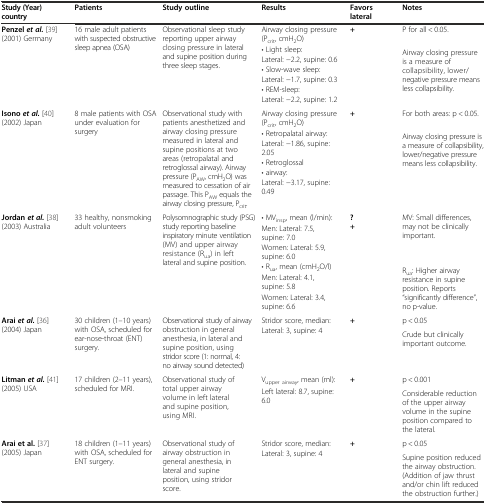
<table><thead><tr><td><b>Study (Year) country</b></td><td><b>Patients</b></td><td><b>Study outline</b></td><td><b>Results</b></td><td><b>Favors lateral</b></td><td><b>Notes</b></td></tr></thead><tbody><tr><td rowspan="7"><b>Penzel </b><b><i>et al.</i></b> [39] (2001) Germany</td><td rowspan="7">16 male adult patients with suspected obstructive sleep apnea (OSA)</td><td rowspan="7">Observational sleep study reporting upper airway closing pressure in lateral and supine position during three sleep stages.</td><td>Airway closing pressure (P<sub>crit</sub>, cmH<sub>2</sub>O)</td><td rowspan="7"><b>+</b></td><td>P for all &lt; 0.05.</td></tr><tr><td>• Light sleep:</td><td rowspan="6">Airway closing pressure is a measure of collapsibility, lower/negative pressure means less collapsibility.</td></tr><tr><td>Lateral: −2.2, supine: 0.6</td></tr><tr><td>• Slow-wave sleep:</td></tr><tr><td>Lateral: −1.7, supine: 0.3</td></tr><tr><td>• REM-sleep:</td></tr><tr><td>Lateral: −2.2, supine: 1.2</td></tr><tr><td rowspan="6"><b>Isono</b><b><i>et al.</i></b> [40] (2002) Japan</td><td rowspan="6">8 male patients with OSA under evaluation for surgery</td><td rowspan="6">Observational study with patients anesthetized and airway closing pressure measured in lateral and supine positions at two areas (retropalatal and retroglossal airway). Airway pressure (P<sub>AW</sub>, cmH<sub>2</sub>O) was measured to cessation of air passage. This P<sub>AW</sub> equals the airway closing pressure, P<sub>crit</sub>.</td><td>Airway closing pressure (P<sub>crit</sub>, cmH<sub>2</sub>O)</td><td rowspan="6"><b>+</b></td><td>For both areas: p &lt; 0.05.</td></tr><tr><td>• Retropalatal airway:</td><td rowspan="5">Airway closing pressure is a measure of collapsibility, lower/negative pressure means less collapsibility.</td></tr><tr><td>Lateral: −1.86, supine: 2.05</td></tr><tr><td>• Retroglossal</td></tr><tr><td>• airway:</td></tr><tr><td>Lateral: −3.17, supine: 0.49</td></tr><tr><td rowspan="6"><b>Jordan </b><b><i>et al.</i></b> [38] (2003) Australia</td><td rowspan="6">33 healthy, nonsmoking adult volunteers</td><td rowspan="6">Polysomnographic study (PSG) study reporting baseline inspiratory minute ventilation (MV) and upper airway resistance (R<sub>ua</sub>) in left lateral and supine position.</td><td>• MV<sub>insp</sub>, mean (l/min):</td><td rowspan="6"><b>?</b><b>+</b></td><td rowspan="3">MV: Small differences, may not be clinically important.</td></tr><tr><td>Men: Lateral: 7.5, supine: 7.0</td></tr><tr><td>Women: Lateral: 5.9, supine: 6.0</td></tr><tr><td>• R<sub>ua</sub>, mean (cmH<sub>2</sub>O/l)</td><td rowspan="3">R<sub>ua</sub>: Higher airway resistance in supine position. Reports “significantly difference”, no p-value.</td></tr><tr><td>Men: Lateral: 4.1, supine: 5.8</td></tr><tr><td>Women: Lateral: 3.4, supine: 6.6</td></tr><tr><td rowspan="2"><b>Arai </b><b><i>et al.</i></b> [36] (2004) Japan</td><td rowspan="2">30 children (1–10 years) with OSA, scheduled for ear-nose-throat (ENT) surgery.</td><td rowspan="2">Observational study of airway obstruction in general anesthesia, in lateral and supine position, using stridor score (1: normal, 4: no airway sound detected)</td><td>Stridor score, median:</td><td rowspan="2"><b>+</b></td><td>p &lt; 0.05</td></tr><tr><td>Lateral: 3, supine: 4</td><td>Crude but clinically important outcome.</td></tr><tr><td rowspan="2"><b>Litman</b><b><i>et al.</i></b> [41] (2005) USA</td><td rowspan="2">17 children (2–11 years), scheduled for MRI.</td><td rowspan="2">Observational study of total upper airway volume in left lateral and supine position, using MRI.</td><td>V<sub>upper airway</sub>, mean (ml):</td><td rowspan="2"><b>+</b></td><td>p &lt; 0.001</td></tr><tr><td>Left lateral: 8.7, supine: 6.0</td><td>Considerable reduction of the upper airway volume in the supine position compared to the lateral.</td></tr><tr><td rowspan="2"><b>Arai et al.</b> [37] (2005) Japan</td><td rowspan="2">18 children (1–11 years) with OSA, scheduled for ENT surgery.</td><td rowspan="2">Observational study of airway obstruction in general anesthesia, in lateral and supine position, using stridor score.</td><td>Stridor score, median:</td><td rowspan="2"><b>+</b></td><td>p &lt; 0.05</td></tr><tr><td>Lateral: 3, supine: 4</td><td>Supine position reduced the airway obstruction. (Addition of jaw thrust and/or chin lift reduced the obstruction further.)</td></tr></tbody></table>